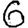
Digit: 6